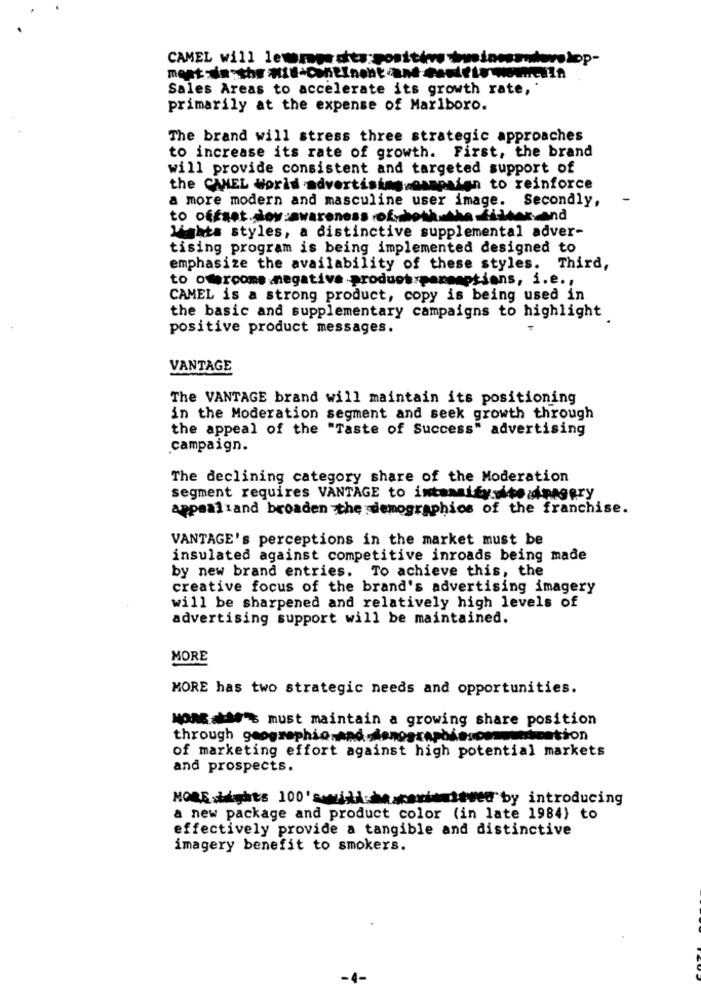
CAMEL will lemødts:positive wwweinesmudevelop-
Sales Areas to accelerate its growth rate,
primarily at the expense of Marlboro.
The brand will stress three strategic approaches
to increase its rate of growth. First, the brand
will provide consistent and targeted support of
the CAMEL World advertising.osnpaten to reinforce
a more modern and masculine user image. Secondly,
to offset.doy:awareness of.both.the.filter.and
lights styles, a distinctive supplemental adver-
tising program is being implemented designed to
emphasize the availability of these styles. Third,
to odercome mnegative product:peremptions, i.e .,
CAMEL is a strong product, copy is being used in
the basic and supplementary campaigns to highlight
positive product messages.
VANTAGE
The VANTAGE brand will maintain its positioning
in the Moderation segment and seek growth through
the appeal of the "Taste of Success" advertising
campaign.
The declining category share of the Moderation
segment requires VANTAGE to intensifysitesinegery
appaaliand broaden -the demographics of the franchise.
VANTAGE's perceptions in the market must be
insulated against competitive inroads being made
by new brand entries. To achieve this, the
creative focus of the brand's advertising imagery
will be sharpened and relatively high levels of
advertising support will be maintained.
MORE
MORE has two strategic needs and opportunities.
MONE akde's must maintain a growing share position
through geographie-and -sonographiesomm
cheation
of marketing effort against high potential markets
and prospects.
MORE hights 100'swill.hascarimbowed by introducing
a new package and product color (in late 1984) to
effectively provide a tangible and distinctive
imagery benefit to smokers.
-4-